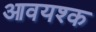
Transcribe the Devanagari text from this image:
आवयश्क